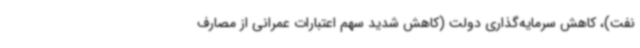
نفت)، کاهش سرمایه‌گذاری دولت (کاهش شدید سهم اعتبارات عمرانی از مصارف